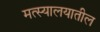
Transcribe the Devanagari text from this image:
मत्स्यालयातील